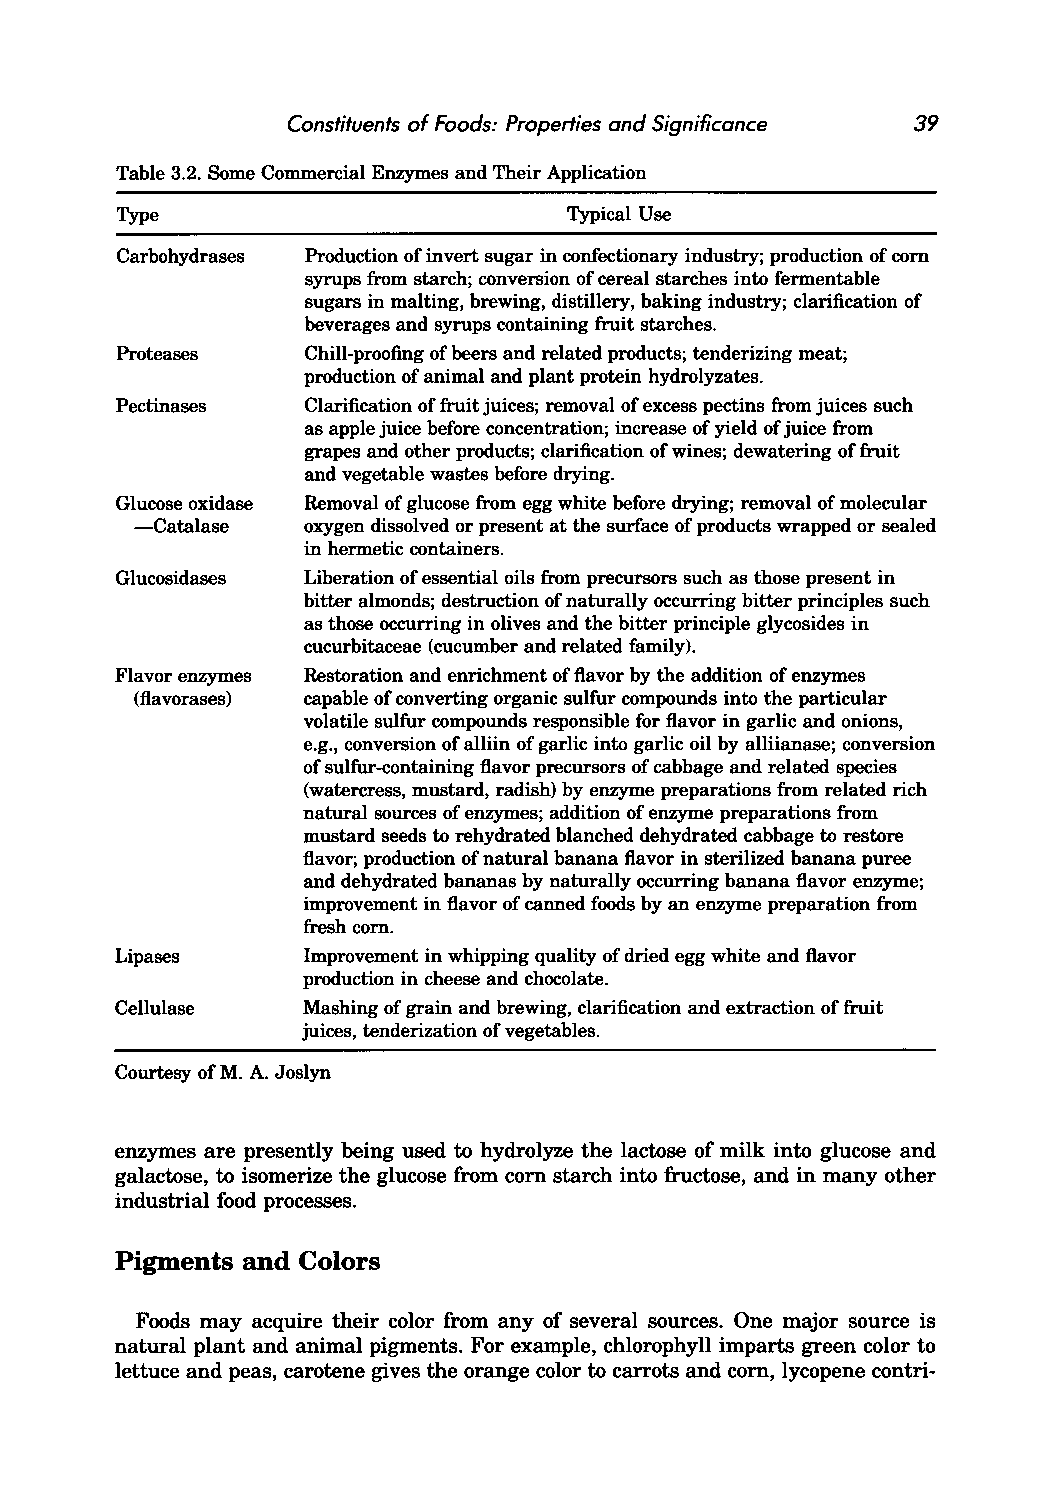
Constituents of Foods: Properties and Significance 39
 Table 3.2. Some Commercial Enzymes and Their Application
 Type                          Typical Use
 Carbohydrases Production of invert sugar in confectionary industry; production of corn
 syrups from starch; conversion of cereal starches into fermentable
 sugars in malting, brewing, distillery, baking industry; clarification of
 beverages and syrups containing fruit starches.
 Proteases   Chill-proofing of beers and related products; tenderizing meat;
 production of animal and plant protein hydrolyzates.
 Pectinases  Clarification of fruit juices; removal of excess pectins from juices such
 as apple juice before concentration; increase of yield of juice from
 grapes and other products; clarification of wines; dewatering of fruit
 and vegetable wastes before drying.
 Glucose oxidase Removal of glucose from egg white before drying; removal of molecular
 -Catalase  oxygen dissolved or present at the surface of products wrapped or sealed
 in hermetic containers.
 Glucosidases Liberation of essential oils from precursors such as those present in
 bitter almonds; destruction of naturally occurring bitter principles such
 as those occurring in olives and the bitter principle glycosides in
 cucurbitaceae (cucumber and related family).
 Flavor enzymes Restoration and enrichment of flavor by the addition of enzymes
 (flavorases) capable of converting organic sulfur compounds into the particular
 volatile sulfur compounds responsible for flavor in garlic and onions,
 e.g., conversion of alliin of garlic into garlic oil by alliianase; conversion
 of sulfur-containing flavor precursors of cabbage and related species
 (watercress, mustard, radish) by enzyme preparations from related rich
 natural sources of enzymes; addition of enzyme preparations from
 mustard seeds to rehydrated blanched dehydrated cabbage to restore
 flavor; production of natural banana flavor in sterilized banana puree
 and dehydrated bananas by naturally occurring banana flavor enzyme;
 improvement in flavor of canned foods by an enzyme preparation from
 fresh corn.
 Lipases     Improvement in whipping quality of dried egg white and flavor
 production in cheese and chocolate.
 Cellulase   Mashing of grain and brewing, clarification and extraction of fruit
 juices, tenderization of vegetables.
 Courtesy ofM. A. Joslyn
 enzymes are presently being used to hydrolyze the lactose of milk into glucose and
 galactose, to isomerize the glucose from corn starch into fructose, and in many other
 industrial food processes.
 Pigments and Colors
 Foods may acquire their color from any of several sources. One major source is
 natural plant and animal pigments. For example, chlorophyll imparts green color to
 lettuce and peas, carotene gives the orange color to carrots and corn, lycopene contri-